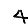
Digit: 4